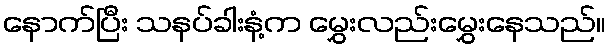
နောက်ပြီး သနပ်ခါးနံ့က မွှေးလည်းမွှေးနေသည်။